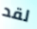
لقد